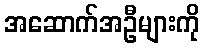
အဆောက်အဦများကို